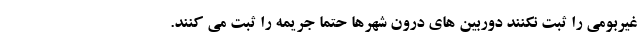
غیربومی را ثبت نکنند دوربین های درون شهرها حتما جریمه را ثبت می کنند.